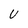
Character: U